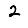
Digit: 2